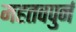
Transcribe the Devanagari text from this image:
महतवपुर्न